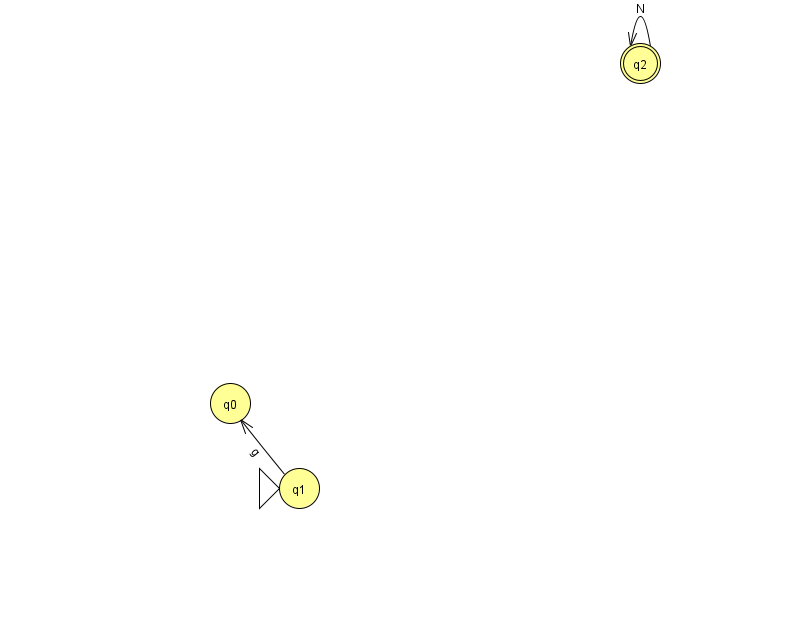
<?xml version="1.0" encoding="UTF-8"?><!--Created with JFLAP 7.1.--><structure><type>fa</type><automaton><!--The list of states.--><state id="0" name="q0"><x>230.0</x><y>390.0</y></state><state id="1" name="q1"><x>299.0</x><y>475.0</y><initial/></state><state id="2" name="q2"><x>640.0</x><y>50.0</y><final/></state><!--The list of transitions.--><transition><from>1</from><to>0</to><read>g</read></transition><transition><from>2</from><to>2</to><read>N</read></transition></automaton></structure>